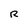
Character: R